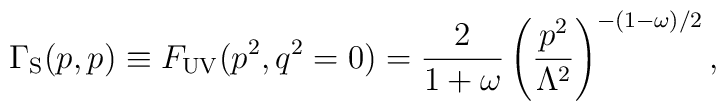
{\Gamma_{\rm S}}(p,p)\equiv F_{\rm UV}(p^2,q^2=0)=\frac{2}{1+\omega}\left(\frac{p^2}{\Lambda^2}\right)^{-(1-\omega)/2},